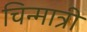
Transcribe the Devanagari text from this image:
चिन्मात्री